Vaccine operations Central Provinces & Berar 1912-1920 - 1912-1920
Year: 1912
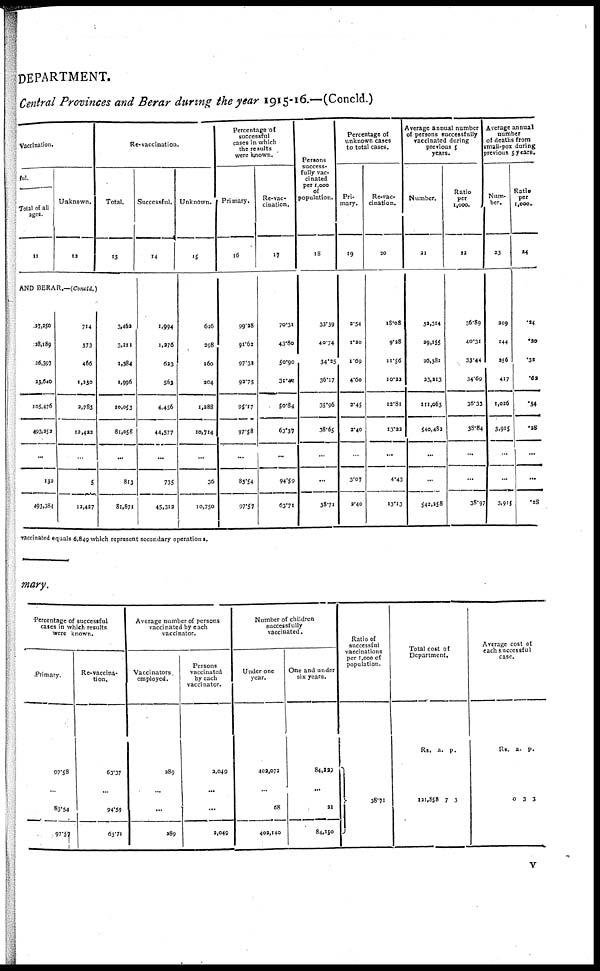
DEPARTMENT.
Central Provinces and Berar during the year 1915-16.—(Concld.)
Vaccination.
ful.
Total of all
ages.
11
Unknown.
12
AND BERAR.—(Concld.)
27,250
28,189
26,397
23,640
105,476
493,252
...
132
493,384
714
373
466
1,230
2,783
12,422
...
5
12,427
Re-vaccination.
Total.
13
3,462
3,311
1,384
1,996
10,053
81,058
...
813
81,871
Successful.
14
1,994
1,276
623
563
4,456
44,577
...
735
45,312
Unknown.
15
626
298
160
204
1,288
10,714
...
36
10,750
Percentage of
successful
cases in which
the results
were known.
Primary.
16
99.28
91.62
97.33
93.75
95.17
97.58
...
83.54
97.57
Re-vacc
cination.
17
70.31
43.80
50.90
31.42
50.84
63.37
...
94.59
63.71
Persons
success-
fully vac-
cinated
per 1,000
of
population.
18
33.39
40.74
34.25
36.17
35.96
38.65
...
...
38.71
Percentage of
unknown cases
to total cases.
Pri-
mary.
19
2.54
1.20
1.69
4.60
3.45
2.40
...
3.07
3.40
Re-vac-
cination.
20
18.08
9.28
11.56
10.22
12.81
13.22
...
4.43
13.13
Average annual number
of persons successfully
vaccinated during
previous 5
years.
Number.
21
32,314
29,155
26,381
23,213
111,063
540,482
...
...
542,258
Ratio
per
1,000.
22
36.89
40.31
33.44
34.69
36.33
38.84
...
...
38.97
Average annual
number
of deaths from
small-pox during
previous 5 years.
Num-
ber.
23
209
144
256
417
1,026
3,915
...
...
3,915
Ratio
per
1,000.
24
.24
.20
.35
.62
.34
.28
...
...
.28
vaccinated equals 6,849 which represent secondary operations.
mary.
Percentage of successful
cases in which results
were known.
Primary.
97.58
...
83.54
97.57
Re-vaccina-
tion.
63.37
...
94.59
63.71
Average number of persons
vaccinated by each
vaccinator.
Vaccinators.
employed.
289
...
...
289
Persons
vaccinated
by each
vaccinator.
2,049
...
...
2,049
Number of children
successfully
vaccinated.
Under one
year.
402,072
...
68
402,140
One and under
six years.
84,129
...
21
84,150
Ratio of
successful
vaccinations
per 1,000 of
population.
38.71
Total cost of
Department.
Rs.
121,858
a.
7
p.
3
Average cost of
each successful
case.
Rs.
0
a.
3
p.
3
v